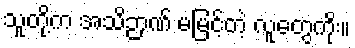
သူတို့က အသိဉာဏ် မမြင့်တဲ့ လူတွေကိုး။